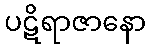
ပဋိရာဇာနော